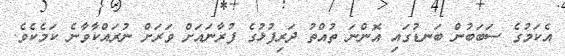
އެކަމުގެ ސަބަބުން ބަނޑުގައި އޮންނަ ތުއްތު ދަރިފުޅުގެ ފުރާނައަށް ވަރަށް ނުރައްކާވާނެ ކަމެކެވެ.